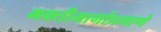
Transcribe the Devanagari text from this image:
भक्तीमार्गाप्रमाणे